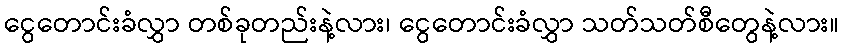
ငွေတောင်းခံလွှာ တစ်ခုတည်းနဲ့လား၊ ငွေတောင်းခံလွှာ သတ်သတ်စီတွေနဲ့လား။